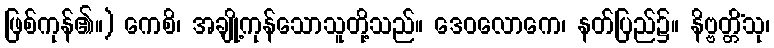
ဖြစ်ကုန်၏။) ကေစိ၊ အချို့ကုန်သောသူတို့သည်။ ဒေဝလောကေ၊ နတ်ပြည်၌။ နိဗ္ဗတ္တိံသု၊